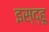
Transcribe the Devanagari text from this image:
इस्द्हू